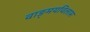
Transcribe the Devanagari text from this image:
वाङ्‌मयविलास